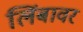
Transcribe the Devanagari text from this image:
लिंबावर